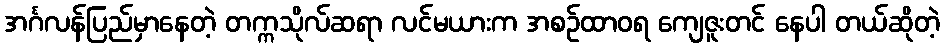
အင်္ဂလန်ပြည်မှာနေတဲ့ တက္ကသိုလ်ဆရာ လင်မယားက အစဉ်ထာဝရ ကျေဇူးတင် နေပါ တယ်ဆိုတဲ့